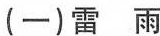
(一)雷雨